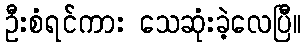
ဦးစံရင်ကား သေဆုံးခဲ့လေပြီ။